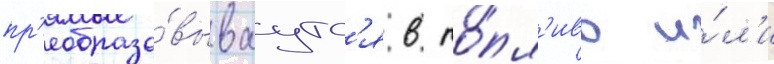
пр'еобразо́вываутс'я в то́пл'иво и́л'и